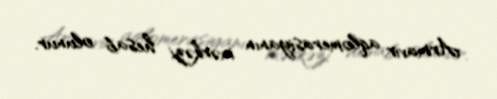
Armavir aqlomerasiyanın mərkəzi hesab olunur.